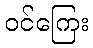
ဝင်ကြေး